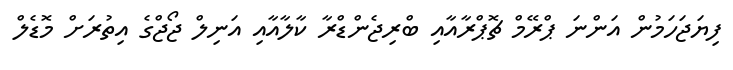
ފިޔަޖަހަމުން އަންނަ ޕްރޭމް ޗޮޕްރާއާއި ބްރިޖެންޑްރާ ކާލާއާއި އަނިލް ޖޯޖްގެ އިތުރަށް މޮޑެލް